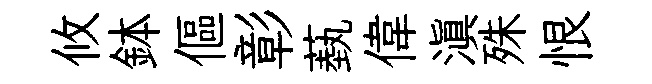
攸鉢傴彰蓺偉滇殊恨